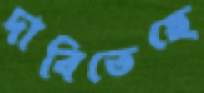
দাবিতেছে